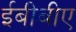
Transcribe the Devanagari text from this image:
ईबीबीए